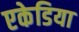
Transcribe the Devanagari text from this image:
एकेडिया